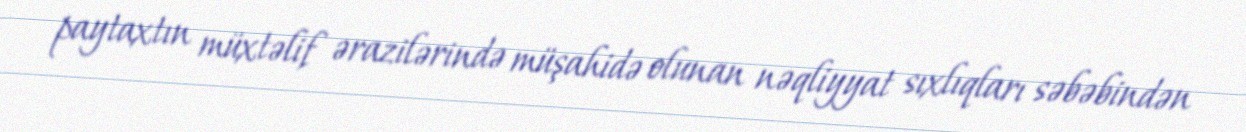
paytaxtın müxtəlif ərazilərində müşahidə olunan nəqliyyat sıxlıqları səbəbindən